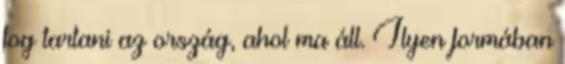
fog tartani az ország, ahol ma áll. Ilyen formában